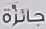
جائزة